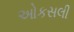
ઓકસલી